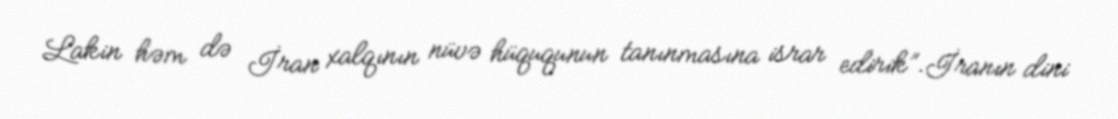
Lakin həm də İran xalqının nüvə hüququnun tanınmasına israr edirik”.İranın dini